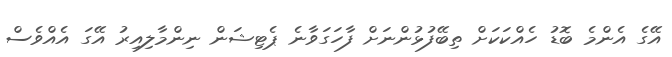
އޭގެ އެންމެ ބޮޑު ހެއްކަކަށް ތިބޭފުޅުންނަށް ފާހަގަވާނެ ޕެޓިޝަން ނިންމާލިއިރު އޭގަ އެއްވެސް